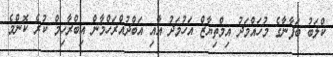
ކްލަބު ބަފާނާގެ މުހައްމަދު އިމްތިޔާޒް އަހުމަދު އާއި އަބްދުއްރަހްމާން އިބްރާހިމް ކުރެ ކޮންމެ